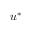
{ \boldsymbol { u } } ^ { * }